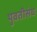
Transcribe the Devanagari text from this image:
युवतीसंघ